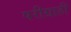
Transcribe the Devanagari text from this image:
परीग्राही